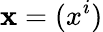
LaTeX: \mathbf{x}=(x^{i})